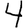
Digit: 4